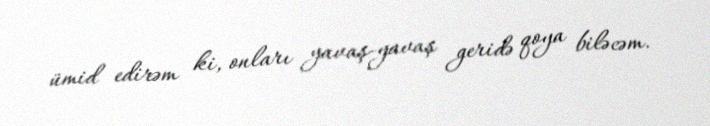
ümid edirəm ki, onları yavaş-yavaş geridə qoya biləcəm.